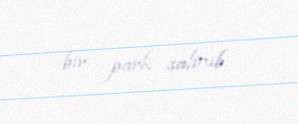
bir park salınıb.